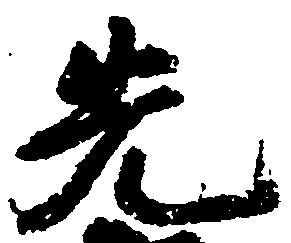
先